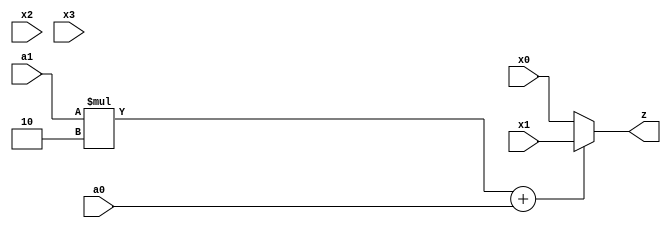
module second(x0, x1, x2, x3, a0, a1, z);
input x0, x1, x2, x3, a0, a1;
reg temp;
reg number;
output z;

always @(a0, a1)
begin
	number = a1*2 + a0;
	if (number == 0)
		temp = x0;
	else
		if (number == 1)
			temp = x1;
		else
			if (number == 2)
				temp = x2;
			else
				temp = x3;
end

assign z = temp;

endmodule